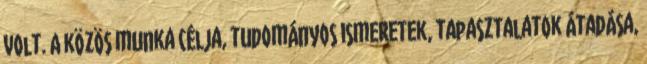
volt. A közös munka célja, tudományos ismeretek, tapasztalatok átadása,